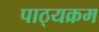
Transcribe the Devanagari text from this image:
पाठ्‍यक्रम